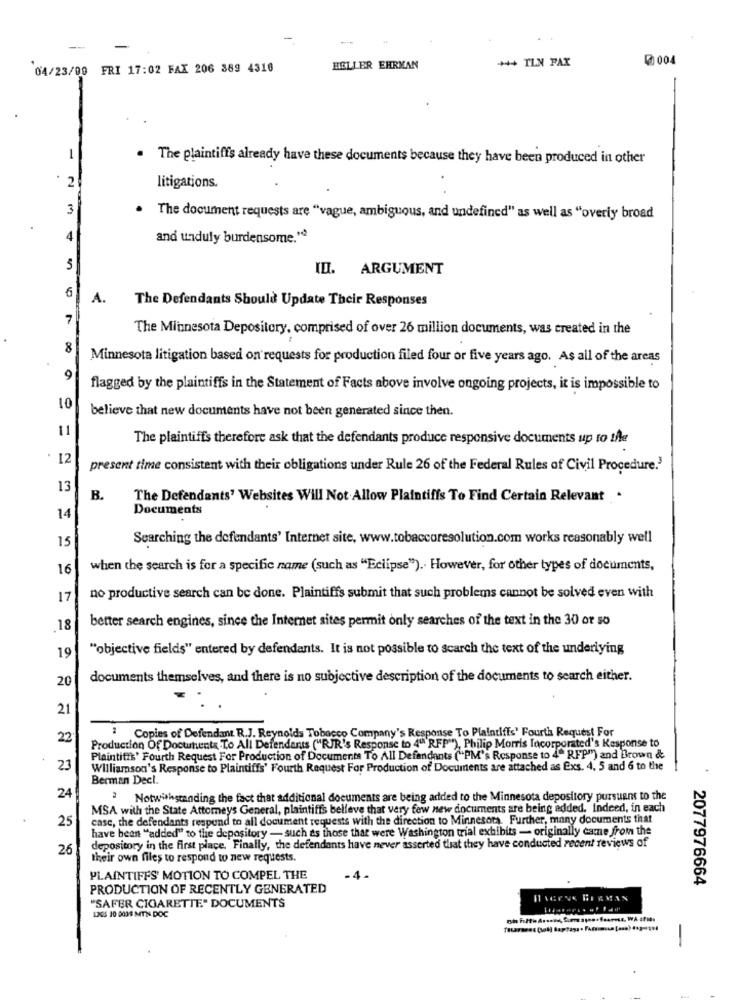
+++ TLN FAX
004
04/23/00 FRI 17:02 FAX 206 389 4316
HELLER EHRKAN
-
. The plaintiffs already have these documents because they have been produced in other
2
litigations.
3
. The document requests are "vague, ambiguous, and undefined" as well as "overly broad
4
and unduly burdensome."2
5
ID. ARGUMENT
6
A.
The Defendants Should Update Their Responses
7
The Minnesota Depository, comprised of over 26 million documents, was created in the
8
Minnesota litigation based on requests for production filed four or five years ago. As all of the areas
9
flagged by the plaintiffs in the Statement of Facts above involve ongoing projects, it is impossible to
10
believe that new documents have not been generated since then.
11
The plaintiffs therefore ask that the defendants produce responsive documents up to the
. 12
present time consistent with their obligations under Rule 26 of the Federal Rules of Civil Procedure.'
13
B.
The Defendants' Websites Will Not Allow Plaintiffs To Find Certain Relevant .
Documents
14
Searching the defendants' Internet site, www.tobaccoresolution.com works reasonably well
15
16
when the search is for a specific name (such as "Eclipse") .. However, for other types of documents,
17
no productive search can be done. Plaintiffs submit that such problems cannot be solved even with
better search engines, since the Internet sites permit only searches of the text in the 30 or so
18
"objective fields" entered by defendants. It is not possible to search the text of the underlying
19
20
documents themselves, and there is no subjective description of the documents to search either.
21
Copies of Defendant R.J. Reynolds Tobacco Company's Response To Plaintiffs' Fourth Request For
22
Production Of Documents .To All Defendants ("RJR's Response to 4" RFP""), Philip Morris Incorporated's Response to
.
Plaintiffs' Fourth Request For Production of Documents To All Defendants ("PM's Response to 4" RFP") and Brown &
23
Williamson's Response to Plaintiffs' Fourth Request For Production of Documents are attached as Exs. 4, 5 and 6 to the
Berman Decl.
24
Notwithstanding the fact that additional documents are being added to the Minnesota depository pursuant to the
MSA with the State Attorneys General, plaintiffs belleve that very few new documents are being added. Indeed, in each
25
case, the defendants respund to all document requests with the direction to Minnesota. Further, many documents that
have been "added" to the depository - such as those that were Washington trial exhibits - originally came from the
26
depository in the first place. Finally, the defendants have never asserted that they have conducted recent reviews of
their own files to respond to new requests.
PLAINTIFFS' MOTION TO COMPEL THE
-4.
2077976664
PRODUCTION OF RECENTLY GENERATED
"SAFER CIGARETTE" DOCUMENTS
130S 10 0039 MTN DOC
-